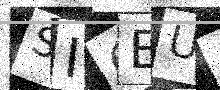
Text: SI6EUA